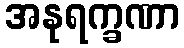
အနုရက္ခဏာ